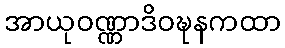
အာယုဝဏ္ဏာဒိဝဍ္ဎနကထာ